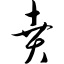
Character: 贲